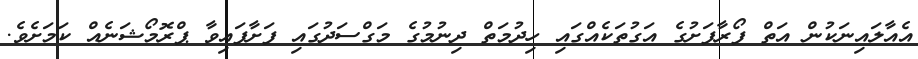
އެއާލައިނަކުން އަތް ފޯރާފަށުގެ އަގުތަކެއްގައި ހިދުމަތް ދިނުމުގެ މަގްސަދުގައި ފަށާފައިވާ ޕްރޮމޯޝަނެއް ކަމަށެވެ.